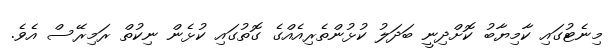
މިނެޓުގައި ކާމިޔާބު ކޮށްދިނީ ބަދަލު ކުޅުންތެރިއެއްގެ ގޮތުގައި ކުޅެން ނިކުތް ރަމިރޭސް އެވެ.